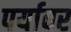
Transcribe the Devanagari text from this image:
पर्यावर